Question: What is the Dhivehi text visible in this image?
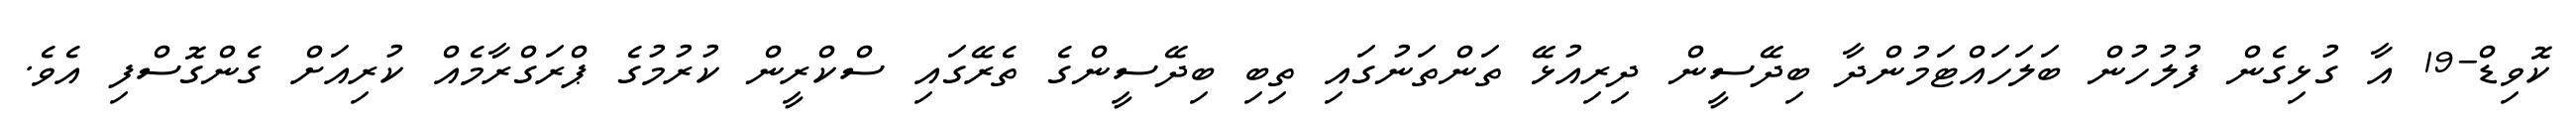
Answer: ކޮވިޑް-19 އާ ގުޅިގެން ފުލުހުން ބަލަހައްޓަމުންދާ ބިދޭސީން ދިރިއުޅޭ ތަންތަނުގައި ތިބި ބިދޭސީންގެ ތެރޭގައި ސްކްރީން ކުރުމުގެ ޕްރަގްރާމެއް ކުރިއަށް ގެންގޮސްފި އެވެ.